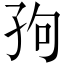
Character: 𫲢